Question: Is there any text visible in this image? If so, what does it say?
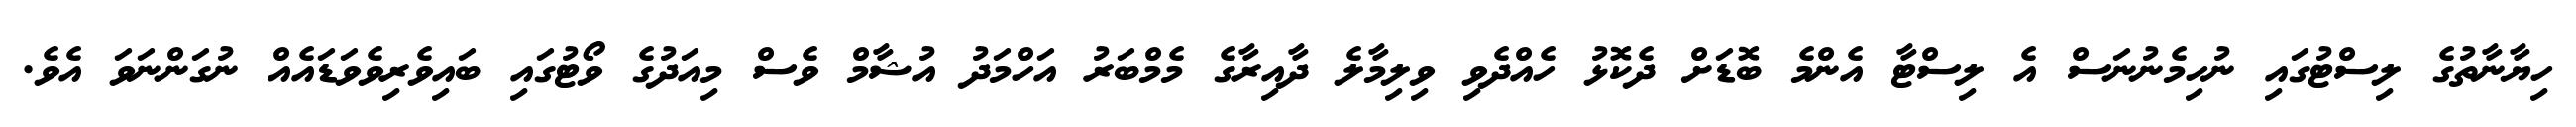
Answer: ހިޔާނާތުގެ ލިސްޓުގައި ނުހިމެނުނަސް އެ ލިސްޓާ އެންމެ ބޮޑަށް ދެކޮޅު ހެއްދެވި ވިލިމާލެ ދާއިރާގެ މެމްބަރު އަހްމަދު އުޝާމް ވެސް މިއަދުގެ ވޯޓުގައި ބައިވެރިވެވަޑައެއް ނުގަންނަވަ އެވެ.